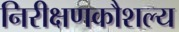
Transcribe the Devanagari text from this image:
निरीक्षणकौशल्य